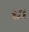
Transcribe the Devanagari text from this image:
ध।